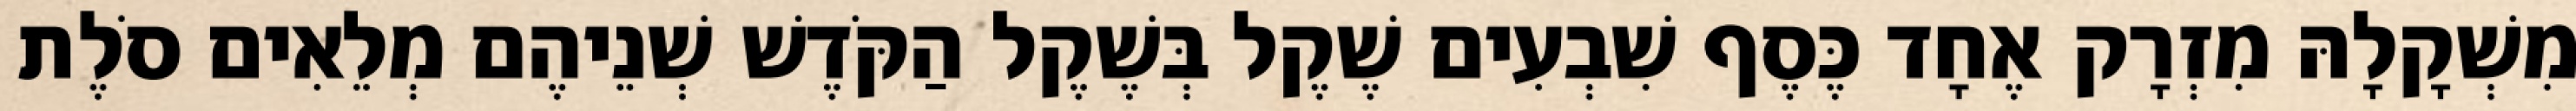
מִשְׁקָלָהּ מִזְרָק אֶחָד כֶּסֶף שִׁבְעִים שֶׁקֶל בְּשֶׁקֶל הַקֹּדֶשׁ שְׁנֵיהֶם מְלֵאִים סֹלֶת